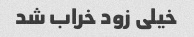
خیلی زود خراب شد